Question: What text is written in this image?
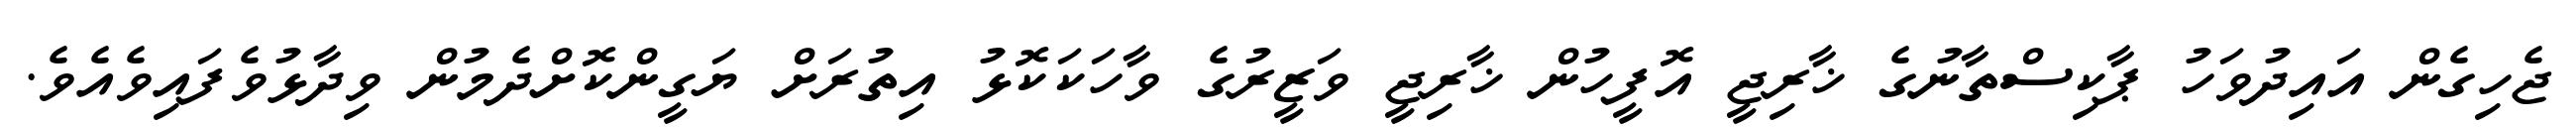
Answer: ޖެހިގެން އައިދުވަހު ޕާކިސްތާނުގެ ޚާރިޖީ އޮފީހުން ޚާރިޖީ ވަޒީރުގެ ވާހަކަކޮޅު އިތުރަށް ޔަގީންކޮށްދެމުން ވިދާޅުވެފައިވެއެވެ.